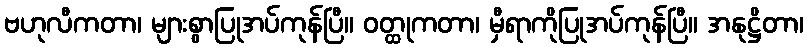
ဗဟုလီကတာ၊ များစွာပြုအပ်ကုန်ပြီ။ ဝတ္ထုကတာ၊ မှီရာကိုပြုအပ်ကုန်ပြီ။ အနုဋ္ဌိတာ၊